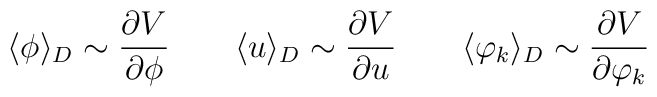
\langle \phi \rangle_D\sim\frac{\partial V}{\partial \phi} \qquad \langle u \rangle_D\sim\frac{\partial V}{\partial u}\qquad \langle \varphi_k \rangle_D\sim\frac{\partial V}{\partial \varphi_k}